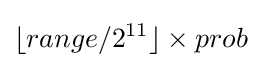
\lfloor range/2^{11}\rfloor \times prob